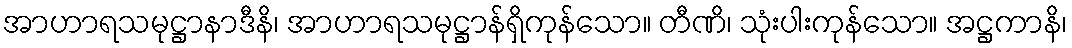
အာဟာရသမုဋ္ဌာနာဒီနိ၊ အာဟာရသမုဋ္ဌာန်ရှိကုန်သော။ တီဏိ၊ သုံးပါးကုန်သော။ အဋ္ဌကာနိ၊